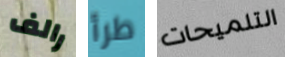
رالف طرأ التلميحات